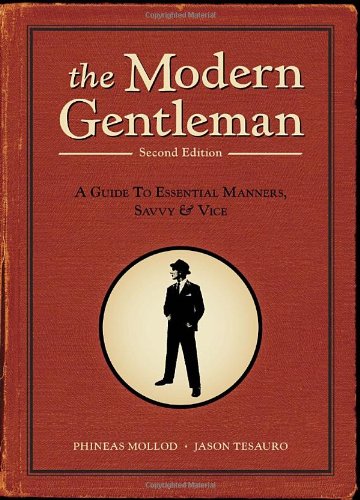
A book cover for The Modern Gentleman, 2nd Edition: A Guide to Essential Manners, Savvy, and Vice; Phineas Mollod; Health, Fitness & Dieting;